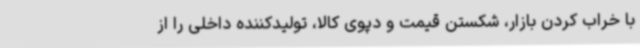
با خراب کردن بازار، شکستن قیمت و دپوی کالا، تولیدکننده داخلی را از